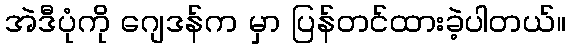
အဲဒီပုံကို ဂျေဒန်က မှာ ပြန်တင်ထားခဲ့ပါတယ်။